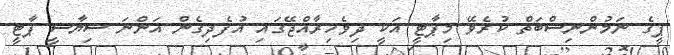
ޕީގެ ނަމުންނިސްބަތް ކުރެވޭ މިޕާޓީ އަކީ ދިވެހިރާއްޖޭގައި އުފެދިގެން އަންނަ ސިޔާސީ ޕާޓީ